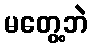
မတွေ့ဘဲ